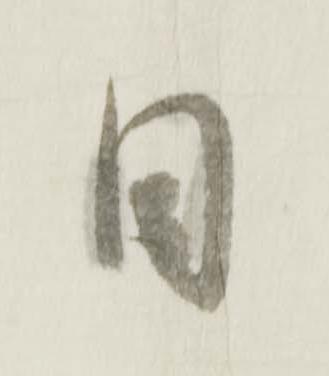
日